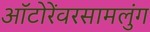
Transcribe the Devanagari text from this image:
ऑटोरेंवरसामलुंग